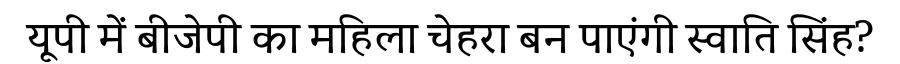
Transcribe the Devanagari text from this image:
यूपी में बीजेपी का महिला चेहरा बन पाएंगी स्वाति सिंह?